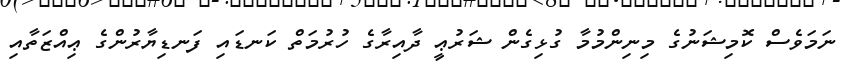
ނަމަވެސް ކޮމިޝަނުގެ މިނިންމުމާ ގުޅިގެން ޝަރުޢީ ދާއިރާގެ ހުރުމަތް ކަނޑައި ފަނޑިޔާރުންގެ ޢިއްޒަތާއި